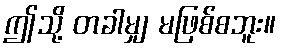
ဤသို့ တခါမျှ မဖြစ်စဘူး။